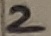
Text: 2